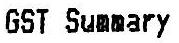
GST SUMMARY